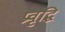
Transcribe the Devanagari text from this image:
प्रवृद्धि